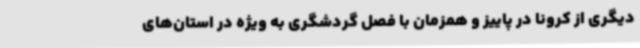
دیگری از کرونا در پاییز و همزمان با فصل گردشگری به ویژه در استان‌های